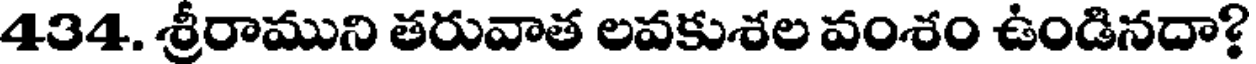
434. శ్రీరాముని తరువాత లవకుశల వంశం ఉండినదా?